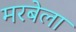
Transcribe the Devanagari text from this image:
मरबेला